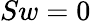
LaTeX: Sw=0